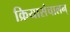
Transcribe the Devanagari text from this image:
क्रियासंचालन्